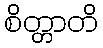
စိတ္တာတိ